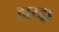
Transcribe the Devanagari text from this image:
हाय्ड्रा